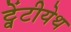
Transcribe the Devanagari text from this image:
ट्वेंटीयेथ